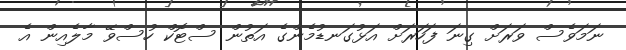
ނަމަވެސް ވަރަށް ގިނަ ފަހަރަށް އަޅުގަނޑުމެންގެ އަތުން ސްޓޮކް ހުސްވޭ މާލެއިން އެ